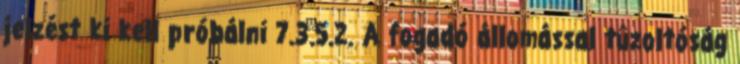
jelzést ki kell próbálni 7.3.5.2. A fogadó állomással tûzoltóság